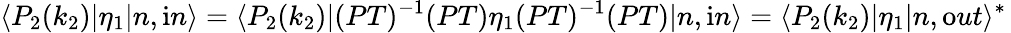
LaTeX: \langle P_{2}(k_{2})|\eta_{1}|n,{\mathrm in}\rangle=\langle P_{2}(k_{2})|(PT)^{-1}(PT)\eta_{1}(PT)^{-1}(PT)|n,{\mathrm in}\rangle=\langle P_{2}(k_{2})|\eta_{1}|n,{\mathrm out}\rangle^{*}\,